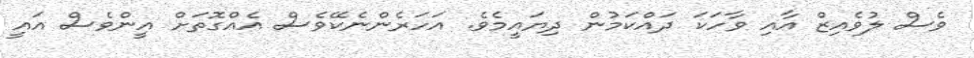
ވެސް ލުވެއިޒް އާއި ވާހަކަ ދައްކަމުން ދިޔައީމެވެ. އަހަރެންނެކޭވެސް އެއްގޮތަށް އީންވެސް އައީ